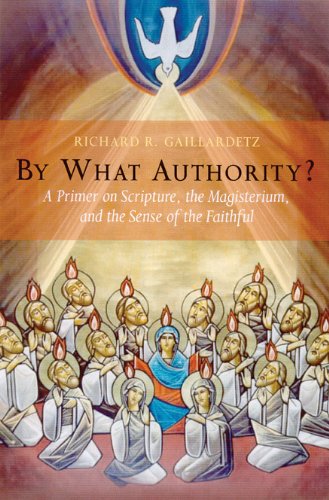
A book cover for By What Authority?: Primer on Scripture, the Magisterium, and the Sense of the Faithful; Richard  R. Gaillardetz; Christian Books & Bibles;